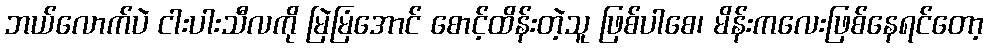
ဘယ်လောက်ပဲ ငါးပါးသီလကို မြဲမြံအောင် စောင့်ထိန်းတဲ့သူ ဖြစ်ပါစေ၊ မိန်းကလေးဖြစ်နေရင်တော့